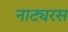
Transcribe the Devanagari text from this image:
नाट्यरस